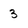
Character: 3